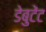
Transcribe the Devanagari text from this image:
डेबुटेंट